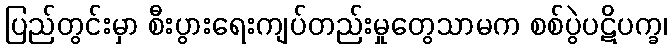
ပြည်တွင်းမှာ စီးပွားရေးကျပ်တည်းမှုတွေသာမက စစ်ပွဲပဋိပက္ခ၊